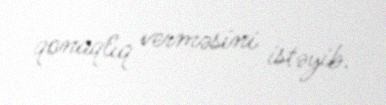
qonaqlıq verməsini istəyib.